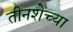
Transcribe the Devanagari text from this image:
तीनशेच्या